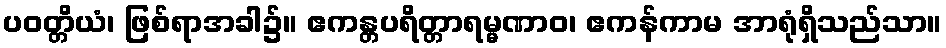
ပဝတ္တိယံ၊ ဖြစ်ရာအခါ၌။ ဧကန္တပရိတ္တာရမ္မဏာဝ၊ ဧကန်ကာမ အာရုံရှိသည်သာ။